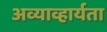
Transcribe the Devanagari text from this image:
अव्याव्हार्यता